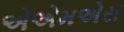
એએમએસ